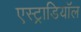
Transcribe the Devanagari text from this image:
एस्ट्राडियॉल